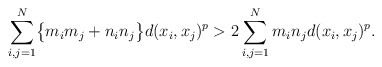
\begin{align*}\sum\limits_{i,j = 1}^{N} \bigl\{m_{i}m_{j} + n_{i}n_{j}\bigl\} d(x_{i},x_{j})^{p}> 2 \sum\limits_{i,j =1}^{N} m_{i}n_{j}d(x_{i},x_{j})^{p}.\end{align*}